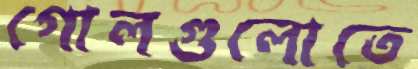
গোলগুলোতে